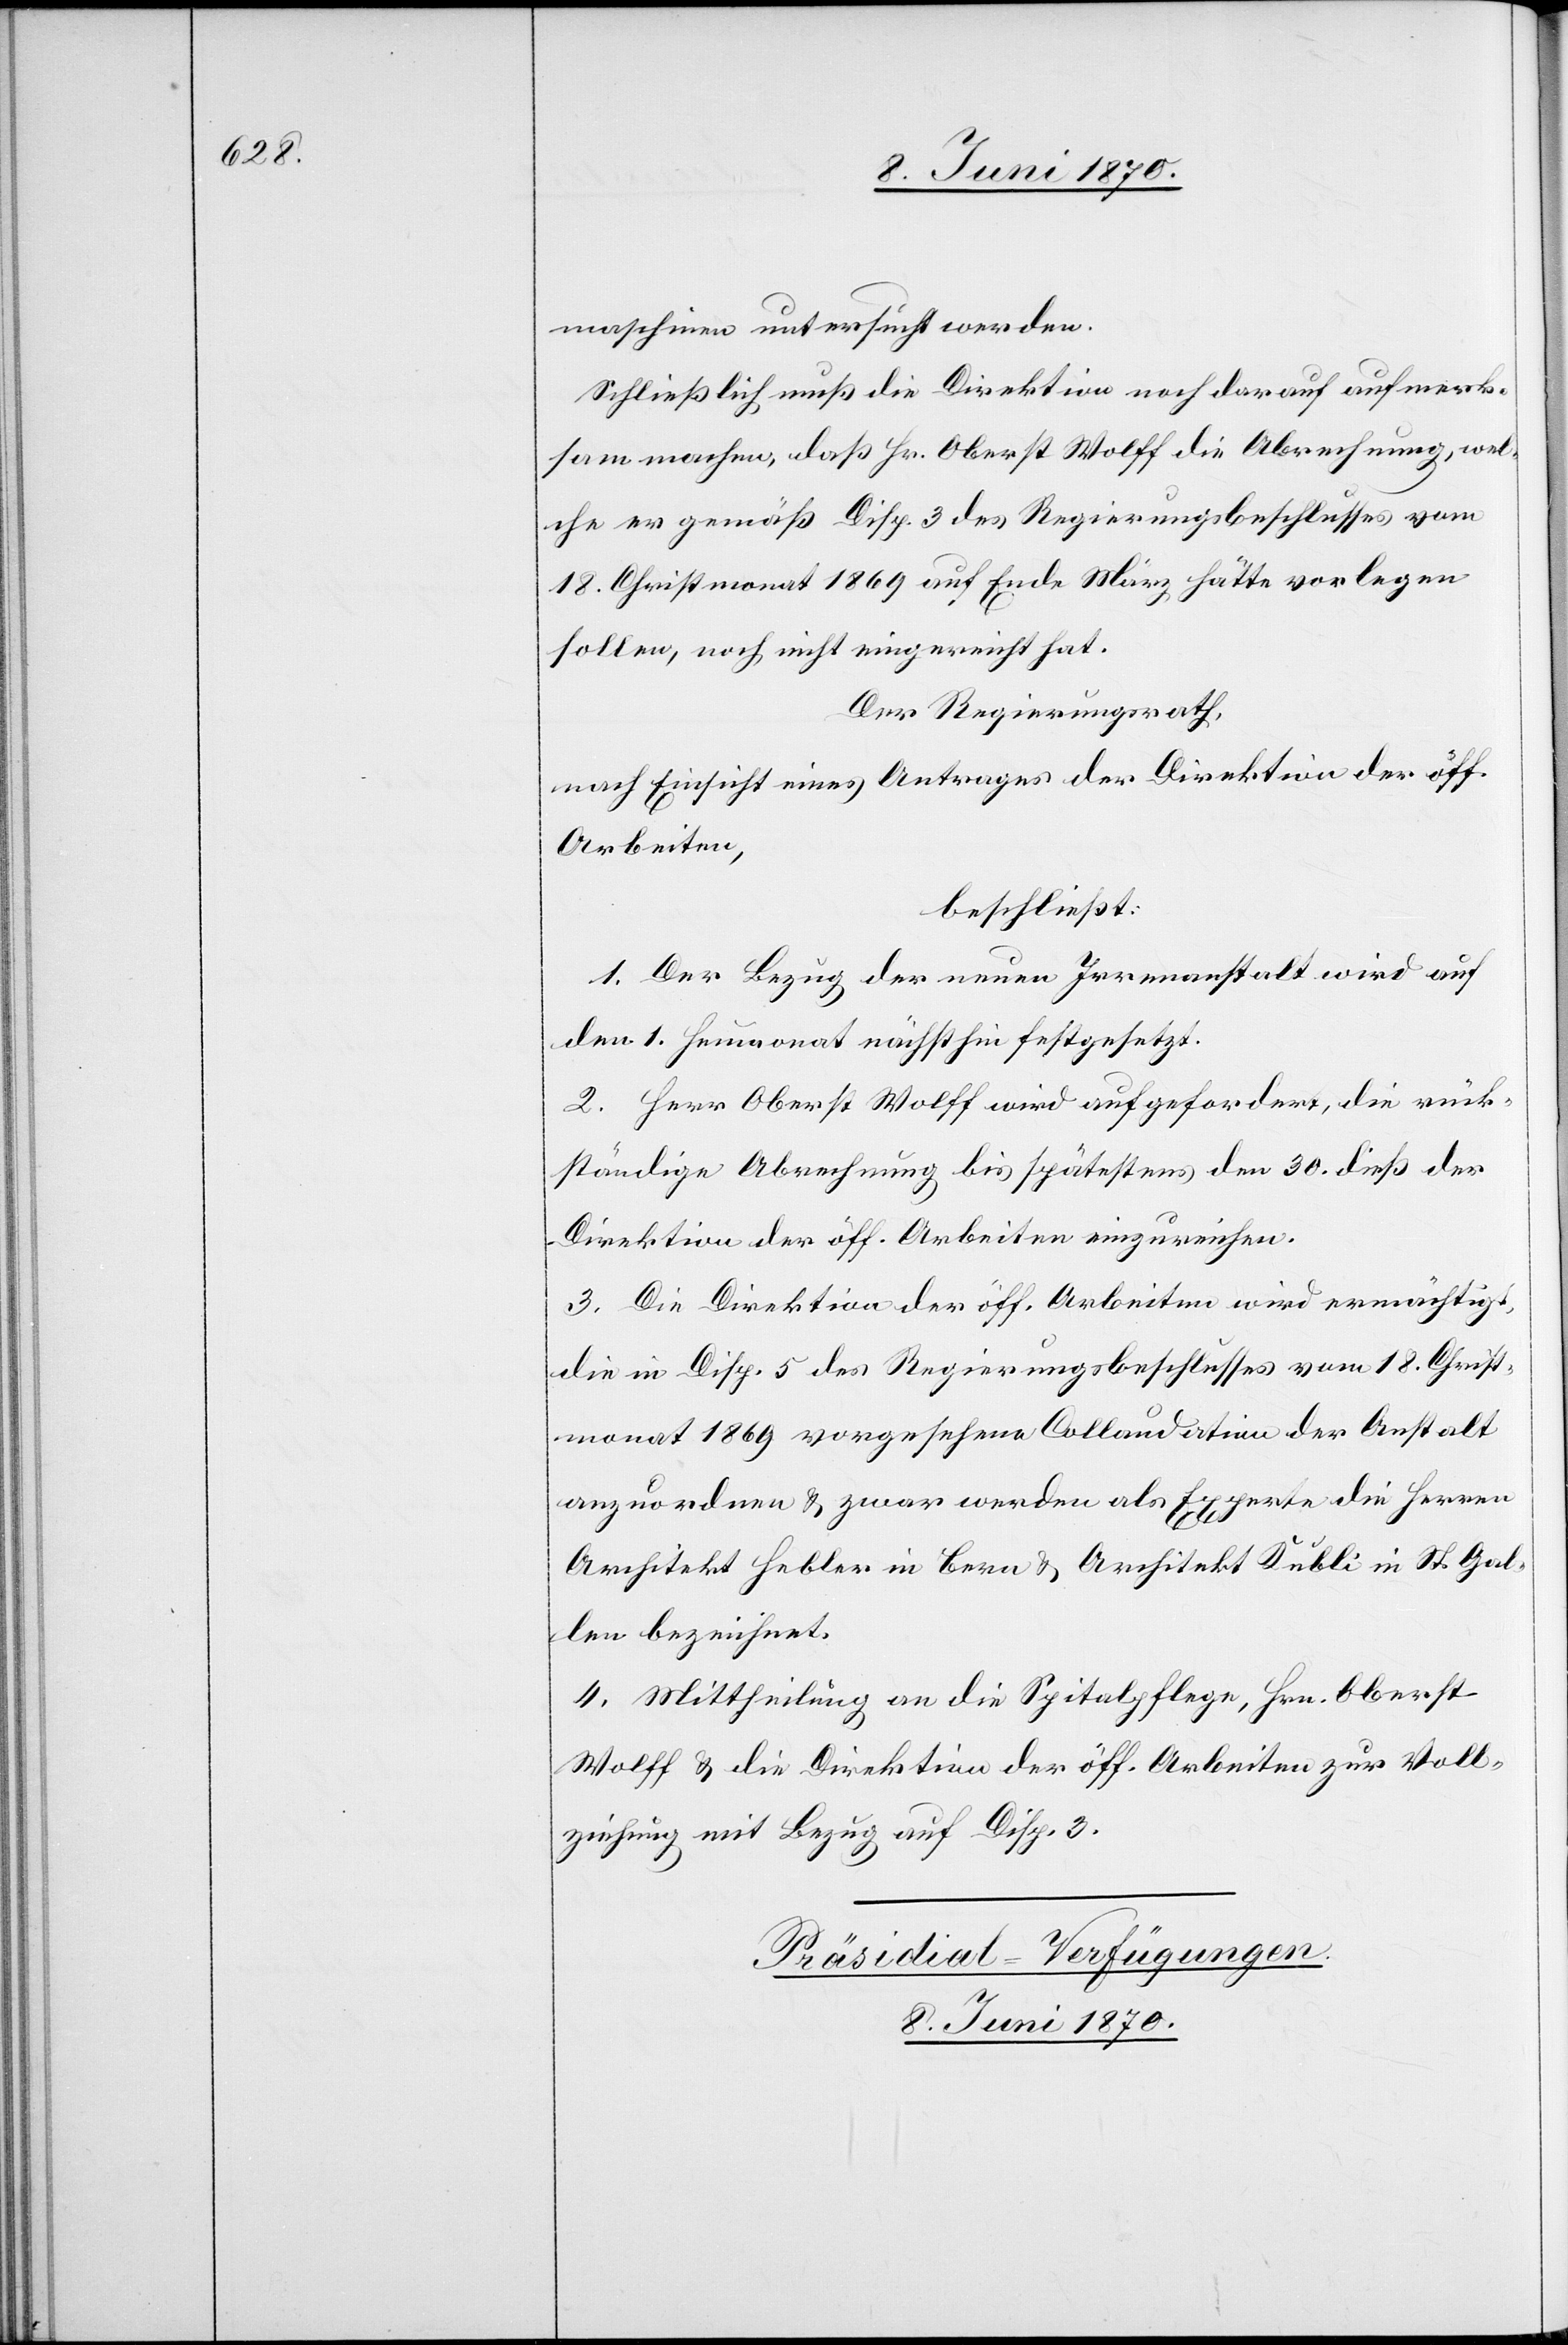
maschinen untersucht werden.
Schließlich muß die Direktion noch darauf aufmerk¬
sam machen, daß Hr. Oberst Wolff die Abrechnung, wel¬
che er gemäß Disp. 3 des Regierungsbeschlusses vom
18. Christmonat 1869 auf Ende März hätte vorlegen
sollen, noch nicht eingereicht hat.
Der Regierungsrath,
nach Einsicht eines Antrages der Direktion der öff.
Arbeiten,
beschließt:
1. Der Bezug der neuen Irrenanstalt wird auf
den 1. Heumonat nächsthin festgesetzt.
2. Herr Oberst Wolff wird aufgefordert, die rück¬
ständige Abrechnung bis spätestens den 30. dieß der
Direktion der öff. Arbeiten einzureichen.
3. Die Direktion der öff. Arbeiten wird ermächtigt,
die in Disp. 5 des Regierungsbeschlusses vom 18. Christ¬
monat 1869 vorgesehene Collaudation der Anstalt
anzuordnen & zwar werden als Experte die Herren
Architekt Hebler in Bern & Architekt Kubli in St. Gal¬
len bezeichnet.
4. Mittheilung an die Spitalpflege, Hrn. Oberst
Wolff & die Direktion der öff. Arbeiten zur Voll¬
ziehung mit Bezug auf Disp. 3.
Präsidial-Verfügungen.
8. Juni 1870.